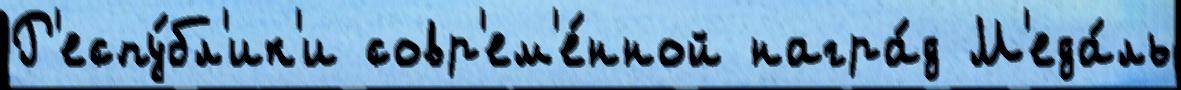
Р'еспу́бл'ик'и совр'ем'е́нной награ́д М'еда́ль